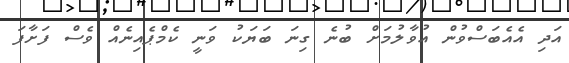
އަދި އެއެބަސްވުން އުވާލުމަށް ބުނެ ގިނަ ބަޔަކު ވަނީ ކެމްޕެއިނެއް ވެސް ފަށާފަ